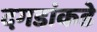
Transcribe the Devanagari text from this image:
दगडांकडे